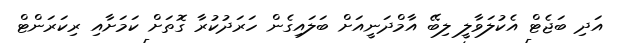
އަދި ބަޖެޓް އެކުލަވާލީ ލިބޭ އާމްދަނީއަށް ބަލައިގެން ހަރަދުކުރާ ގޮތަށް ކަމަށާއި ރިކަރަންޓް